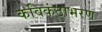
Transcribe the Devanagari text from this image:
कविकंठाभरण